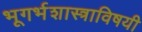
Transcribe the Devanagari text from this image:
भूगर्भशास्त्राविषयी